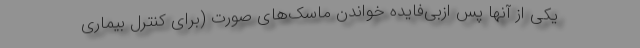
یکی از آنها پس ازبی‌فایده خواندن ماسک‌های صورت (برای کنترل بیماری